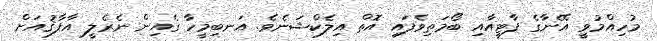
މުހިއްމުވީ އޭނާގެ ޕާޓީއާއި ބޯމަތިވެފައި އޮތް އިލެކްޝަނެވެ. އަނބިމީހާ ގެއިން ނެރެލީ އާފާޤުއަށް